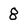
Character: 8